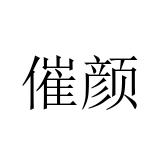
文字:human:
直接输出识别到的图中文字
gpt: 催颜